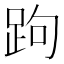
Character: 跔